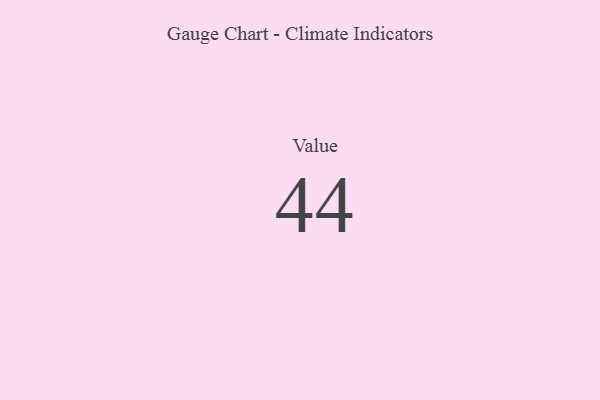
{"axis": {"x": "Metric", "y": "Value"}, "legend": [""], "data": [{"x": "Value", "y": 44, "type": ""}]}